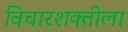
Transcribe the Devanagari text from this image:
विचारशक्तीला